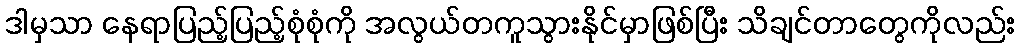
ဒါမှသာ နေရာပြည့်ပြည့်စုံစုံကို အလွယ်တကူသွားနိုင်မှာဖြစ်ပြီး သိချင်တာတွေကိုလည်း